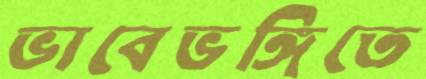
ভাবেভঙ্গিতে